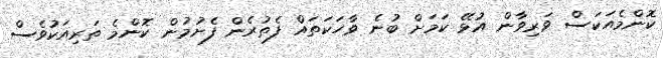
ކޮންމެއަކަސް ވަރިވާން އުޅޭ ކަމަށް ބުނެ ވާހަކަތައް ފެތުރެން ފެށުމުން ކޮންމެ ތަރިއަކުވެސް